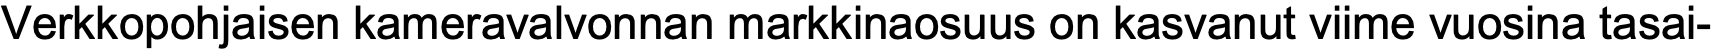
Verkkopohjaisen kameravalvonnan markkinaosuus on kasvanut viime vuosina tasai-